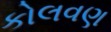
કોલવણ